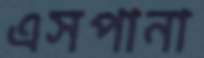
এসপানা